Lunatic asylums Punjab 1881-1894 - 1881-1894
Year: 1881
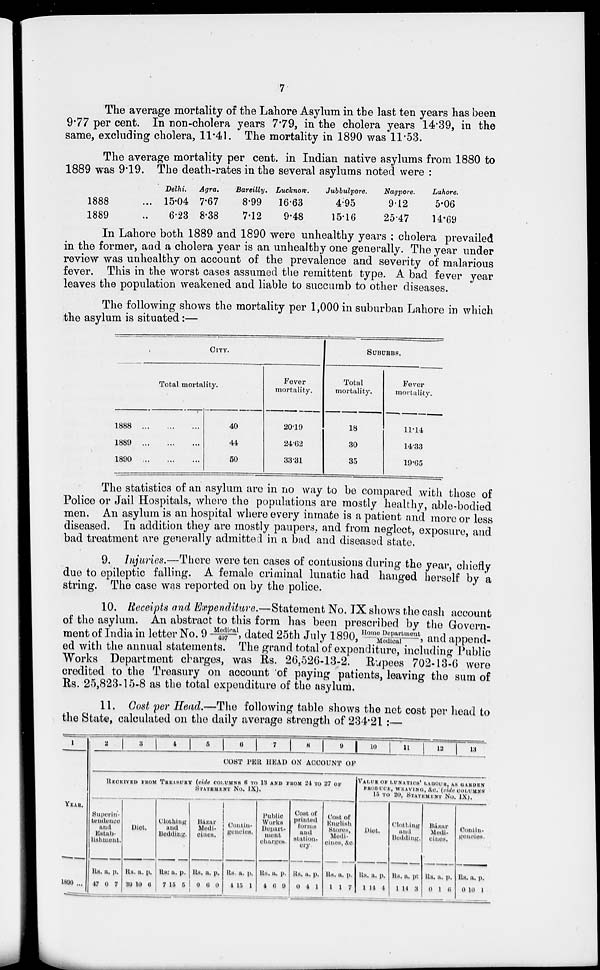
7
The average mortality of the Lahore Asylum in the last ten years has been
9.77 per cent. In non-cholera years 7.79, in the cholera years 14.39, in the
same, excluding cholera, 11.41. The mortality in 1890 was 11.53.
The average mortality per cent. in Indian native asylums from 1880 to
1889 was 9.19. The death-rates in the several asylums noted were :
1888 ...
1889 ...
Delhi.
15.04
6.23
Agra.
7.67
8.38
Bareilly.
8.99
7.12
Lucknow.
16.63
9.48
Jubbulpore.
4.95
15.16
Nagpore.
9.12
25.47
Lahore.
5.06
14.69
In Lahore both 1889 and 1890 were unhealthy years ; cholera prevailed
in the former, and a cholera year is an unhealthy one generally. The year under
review was unhealthy on account of the prevalence and severity of malarious
fever. This in the worst cases assumed the remittent type. A bad fever year
leaves the population weakened and liable to succumb to other diseases.
The following shows the mortality per 1,000 in suburban Lahore in which
the asylum is situated:—
CITY.
Total mortality.
1888 ...
...
...
1889 ... ... ...
1890
...
...
...
40
44
50
Fever
mortality.
20.19
24.62
33.31
SUBURBS,
Total
mortality.
18
30
35
Fever
mortulity.
11.14
14.33
19.65
The statistics of an asylum are in no way to be compared with those of
Police or Jail Hospitals, where the populations are mostly healthy, able-bodied
men. An asylum is an hospital where every inmate is a patient and more or less
diseased. In addition they are mostly paupers, and from neglect, exposure, and
bad treatment are generally admitted in a bad and diseased state.
9. Injuries.—There were ten cases of contusions during the year, chiefly
due to epileptic falling. A female criminal lunatic had hanged herself by a
string. The case was reported on by the police.
10. Receipts and Expenditure.—Statement No. IX shows the cash account
of the asylum. An abstract to this form has been prescribed by the Govern-
ment of India in letter No. 9 Medical/497, dated 25th July 1890,Home Department/Medical and append-
ed with the annual statements. The grand total of expenditure, including Public
Works Department charges, was Rs. 26,526-13-2. Rupees 702-13-6 were
credited to the Treasury on account of paying patients, leaving the sum of
Rs. 25,823-15-8 as the total expenditure of the asylum.
11. Cost per Head.—The following table shows the not cost per head to
the State, calculated on the daily average strength of 234.21:—
1
YEAR.
1890 ...
2
3
4
5
6
7
8
9
10
11
12
13
COST PER HEAD ON ACCOUNT OF
RECEIVED FROM TREASURY (vide COLUMNS 6 TO 13 AND FROM 24 TO 27 OF
STATEMENT No. IX).
Superin-
tendence
and
Estab-
lishment.
Rs.
47
a.
0
p.
7
Diet.
Rs.
39
a.
10
p.
6
Clothing
and
Bedding.
Rs.
7
a.
15
p.
5
Bázar
Medi-
cines.
Rs.
0
a.
6
p.
0
Contin-
gencies.
Rs.
1
a.
15
p.
1
Public
Works
Depart-
ment
charges.
Rs.
1
a.
6
p.
9
Cost of
printed
forms
and
station-
ery.
Rs.
0
a.
4
p.
1
Cost of
English
Stores,
Medi-
cines, &c.
Rs.
1
a.
1
p.
7
VALUE OF LUNATICS' LABOUR, AS GARDEN
PRODUCE WEAING, &c. (vide COLUMNS
15 TO 20, STATEMENT No. IX).
Diet.
Rs.
1
a.
14
p.
4
Clothing
and
Bedding.
Rs.
1
a.
14
p.
3
Bázar
Medi-
cines.
Rs.
0
a.
1
p.
6
Coutin-
gencies.
Rs.
0
a.
10
p.
1